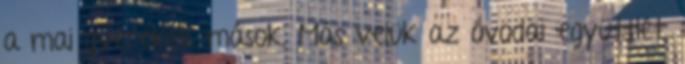
a mai gyerekek mások. Más velük az óvodai együttlét,